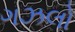
ગઝલો